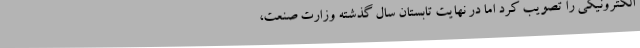
الکترونیکی را تصویب کرد اما در نهایت تابستان سال گذشته وزارت صنعت،